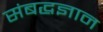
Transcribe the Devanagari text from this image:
संबद्धज्ञान